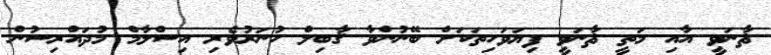
ޘާނަވީ އާއި މަތީ ޘާނަވީ ފިޔަވަހިތަކަށް ބޭނުންވާ ޤާބިލް ހުނަރުވެރި އިސްލާމް މުދައްރިސުން